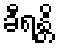
ခီရန္တိ